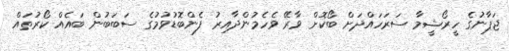
ޖަޕާނުގެ ހީރޯޝީމާ ސަރަހައްދަށް ބޯކޮށް ވާރޭ ވެހެމުންދާއިރު ފެންބޮޑުވުމުގެ ސަބަބުން ބައެއް ކޯރުތައް